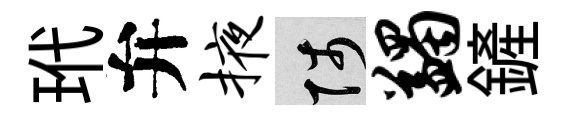
玳弁掖陟蠲鏟